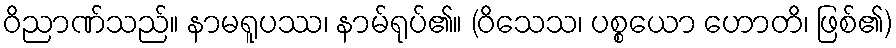
ဝိညာဏ်သည်။ နာမရူပဿ၊ နာမ်ရုပ်၏။ (ဝိသေသ၊ ပစ္စယော ဟောတိ၊ ဖြစ်၏)